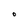
Character: 0